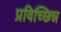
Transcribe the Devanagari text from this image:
प्रविच्छिन्न